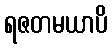
ရဇတမယာပိ